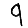
Digit: 9